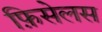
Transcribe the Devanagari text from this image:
फ़िसेलस